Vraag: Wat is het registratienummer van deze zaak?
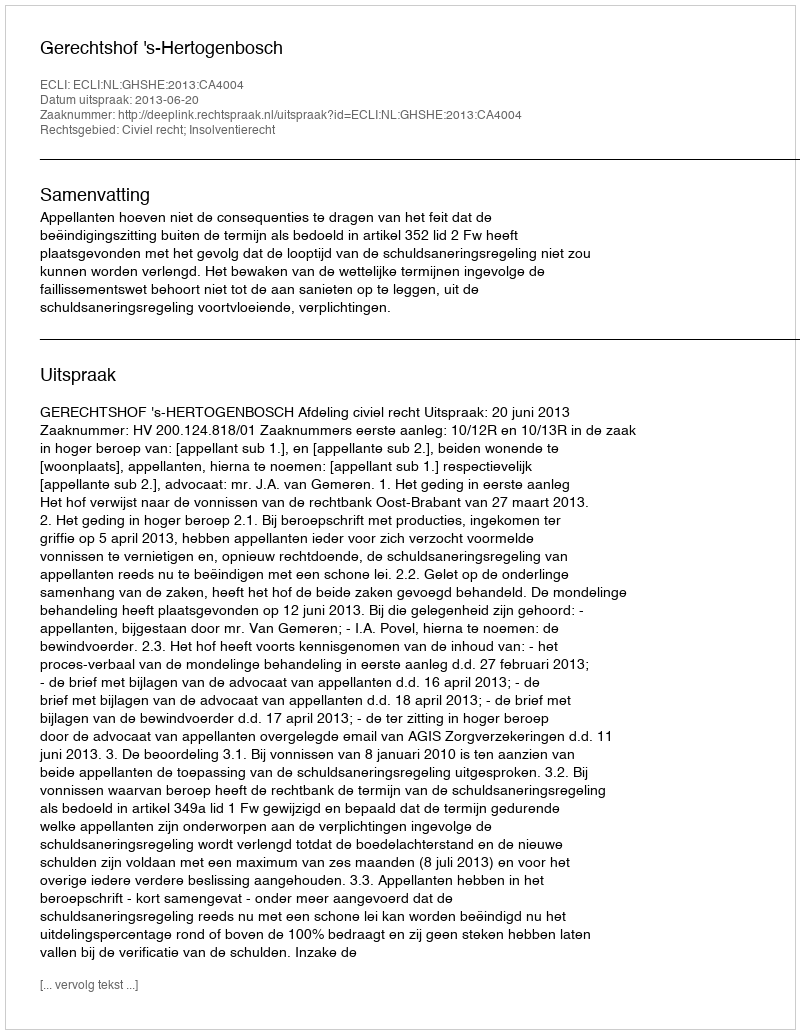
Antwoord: http://deeplink.rechtspraak.nl/uitspraak?id=ECLI:NL:GHSHE:2013:CA4004